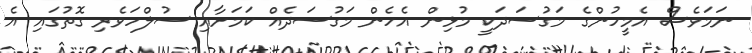
ނަމަވެސް އެމީހުންގެ މަގުސަދަކީ މުޅިން އެހެން މަގުސަދެއް ކަމަށާއި ސުލްހަވެރި ގޮތުގައި އެ